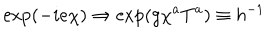
LaTeX: \exp ( - i e \chi ) \Rightarrow \exp ( g \chi ^ { a } T ^ { a } ) \equiv h ^ { - 1 }